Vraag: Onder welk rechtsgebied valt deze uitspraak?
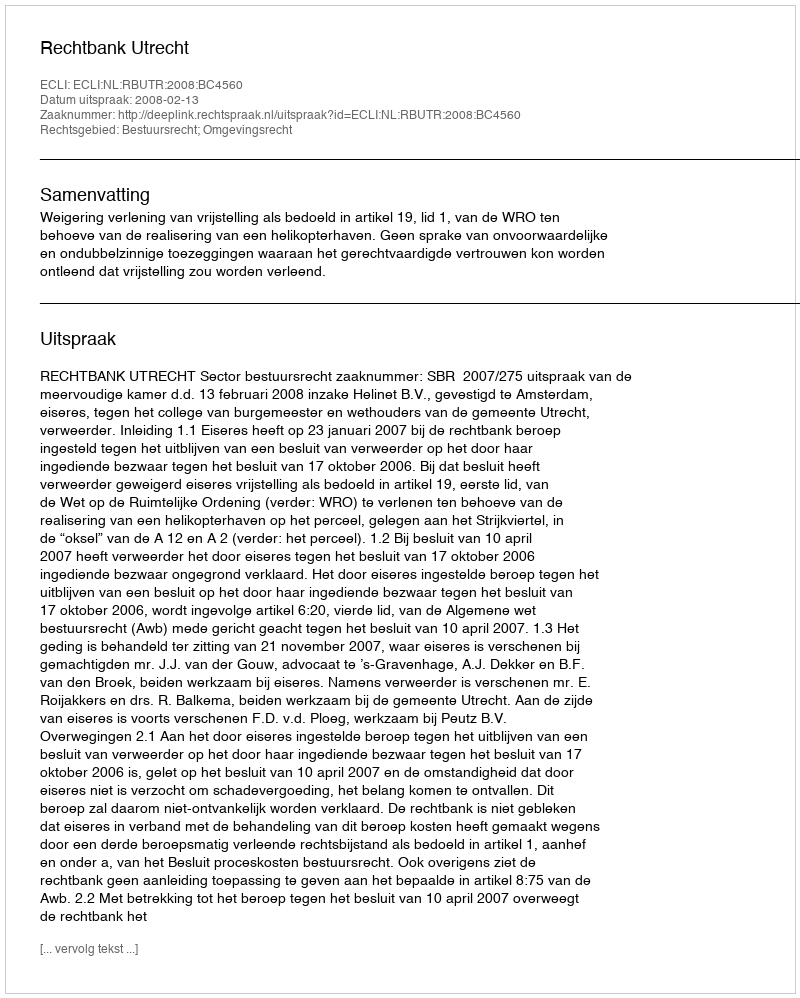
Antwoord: Bestuursrecht; Omgevingsrecht